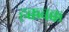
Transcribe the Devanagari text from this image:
हक्कबक्क